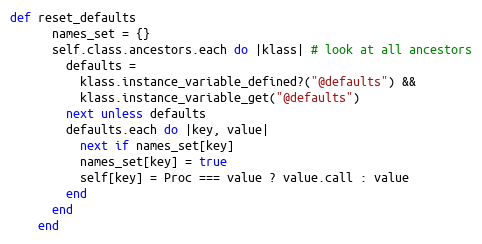
Language: Ruby
def reset_defaults
      names_set = {}
      self.class.ancestors.each do |klass| # look at all ancestors
        defaults =
          klass.instance_variable_defined?("@defaults") &&
          klass.instance_variable_get("@defaults")
        next unless defaults
        defaults.each do |key, value|
          next if names_set[key]
          names_set[key] = true
          self[key] = Proc === value ? value.call : value
        end
      end
    end